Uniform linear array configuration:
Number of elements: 32
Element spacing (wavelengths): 0.75
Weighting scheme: cosine
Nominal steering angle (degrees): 60
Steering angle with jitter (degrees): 58.157
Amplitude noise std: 0.05
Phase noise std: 0.05

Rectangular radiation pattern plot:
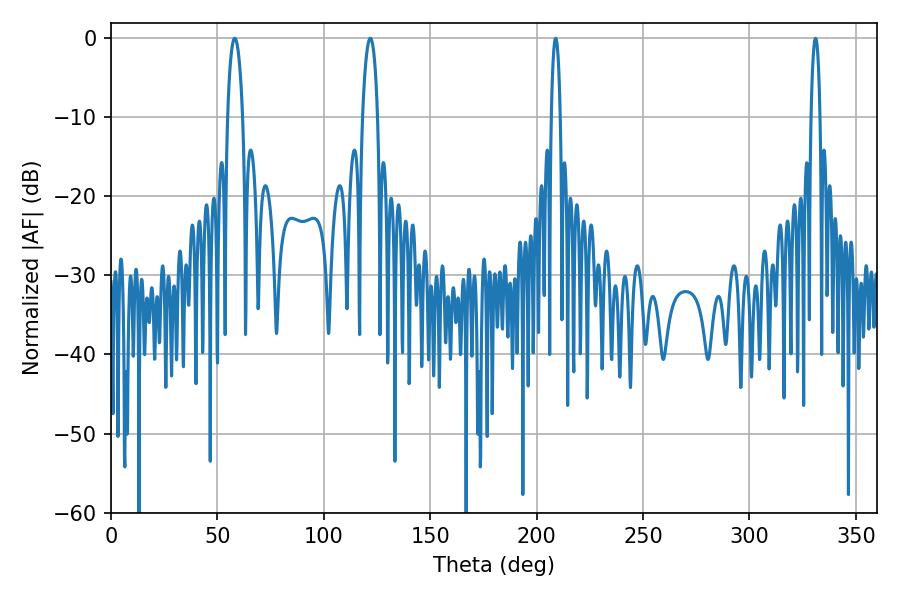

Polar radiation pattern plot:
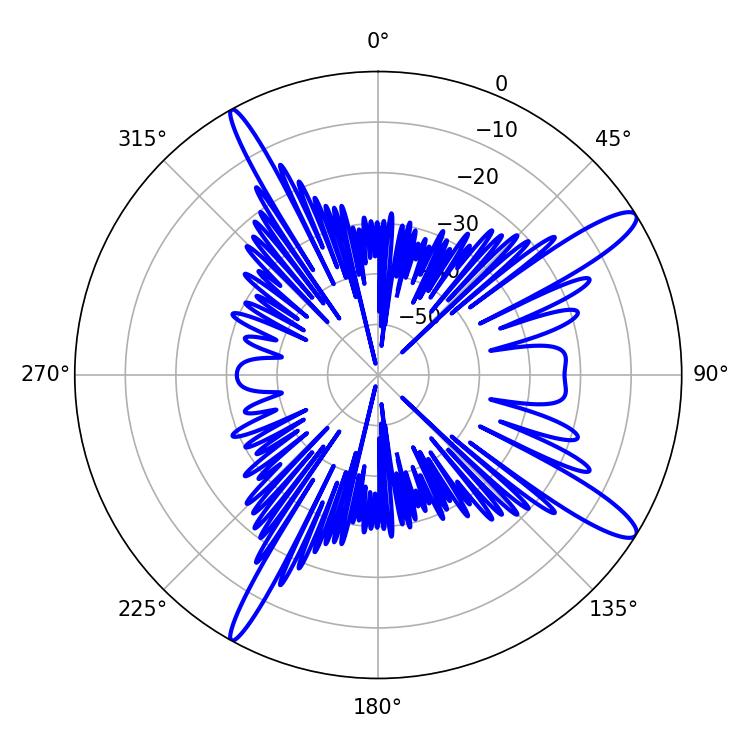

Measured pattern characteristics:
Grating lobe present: TRUE
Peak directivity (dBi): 13.484
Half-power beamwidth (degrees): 3.96
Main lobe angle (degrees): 58.14